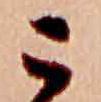
こ